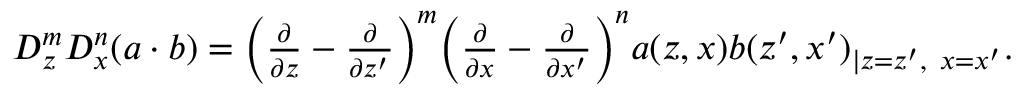
\begin{array} { r } { D _ { z } ^ { m } D _ { x } ^ { n } ( a \cdot b ) = \bigg ( \frac { \partial } { \partial z } - \frac { \partial } { \partial z ^ { \prime } } \bigg ) ^ { m } \bigg ( \frac { \partial } { \partial x } - \frac { \partial } { \partial x ^ { \prime } } \bigg ) ^ { n } a ( z , x ) b ( z ^ { \prime } , x ^ { \prime } ) _ { \lvert z = z ^ { \prime } , ~ x = x ^ { \prime } } . } \end{array}